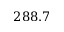
2 8 8 . 7